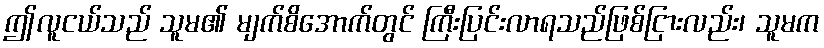
ဤလူငယ်သည် သူမ၏ မျက်စိအောက်တွင် ကြီးပြင်းလာရသည်ဖြစ်ငြားလည်း၊ သူမက